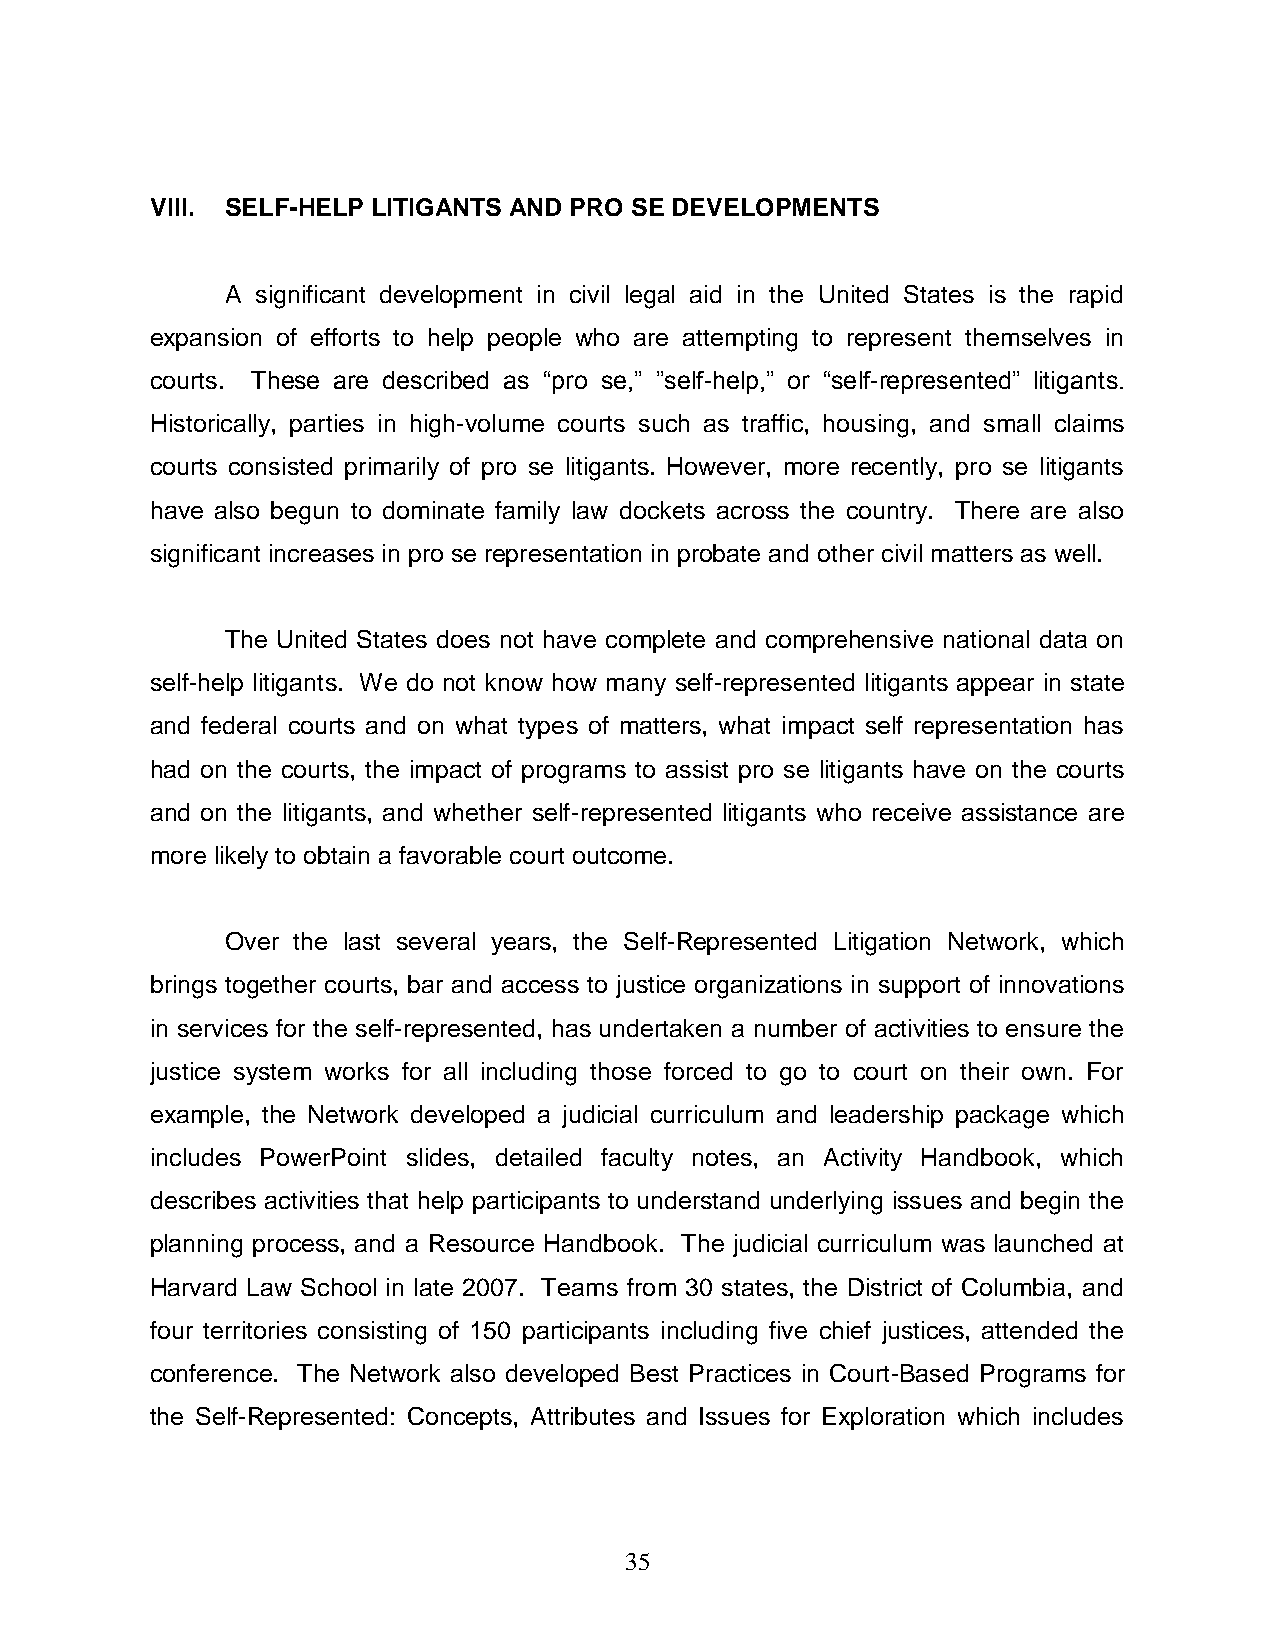
VIII. SELF-HELP LITIGANTS AND PRO SE DEVELOPMENTS
 A significant development in civil legal aid in the United States is the rapid
 expansion of efforts to help people who are attempting to represent themselves in
 courts. These are described as ―pro se,‖ ‖self-help,‖ or ―self-represented‖ litigants.
 Historically, parties in high-volume courts such as traffic, housing, and small claims
 courts consisted primarily of pro se litigants. However, more recently, pro se litigants
 have also begun to dominate family law dockets across the country. There are also
 significant increases in pro se representation in probate and other civil matters as well.
 The United States does not have complete and comprehensive national data on
 self-help litigants. We do not know how many self-represented litigants appear in state
 and federal courts and on what types of matters, what impact self representation has
 had on the courts, the impact of programs to assist pro se litigants have on the courts
 and on the litigants, and whether self-represented litigants who receive assistance are
 more likely to obtain a favorable court outcome.
 Over the last several years, the Self-Represented Litigation Network, which
 brings together courts, bar and access to justice organizations in support of innovations
 in services for the self-represented, has undertaken a number of activities to ensure the
 justice system works for all including those forced to go to court on their own. For
 example, the Network developed a judicial curriculum and leadership package which
 includes PowerPoint slides, detailed faculty notes, an Activity Handbook, which
 describes activities that help participants to understand underlying issues and begin the
 planning process, and a Resource Handbook. The judicial curriculum was launched at
 Harvard Law School in late 2007. Teams from 30 states, the District of Columbia, and
 four territories consisting of 150 participants including five chief justices, attended the
 conference. The Network also developed Best Practices in Court-Based Programs for
 the Self-Represented: Concepts, Attributes and Issues for Exploration which includes
 35